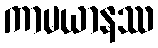
ကာမယာနဿ